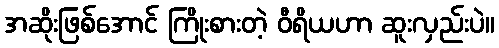
အဆိုးဖြစ်အောင် ကြိုးစားတဲ့ ဝီရိယဟာ ဆူးလှည်းပဲ။